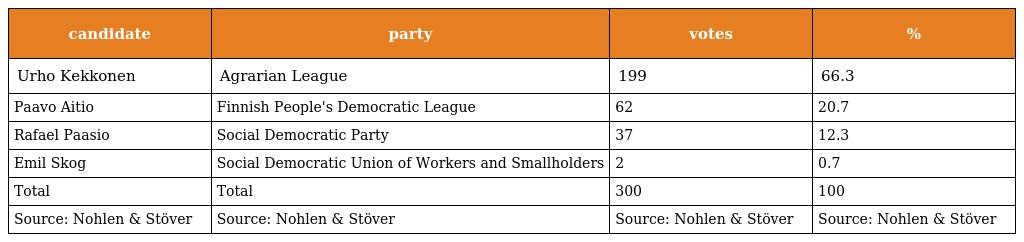
| candidate | party | votes | % |
 | --- | --- | --- | --- |
 | Urho Kekkonen | Agrarian League | 199 | 66.3 |
 | Paavo Aitio | Finnish People's Democratic League | 62 | 20.7 |
 | Rafael Paasio | Social Democratic Party | 37 | 12.3 |
 | Emil Skog | Social Democratic Union of Workers and Smallholders | 2 | 0.7 |
 | Total | Total | 300 | 100 |
 | Source: Nohlen & Stöver | Source: Nohlen & Stöver | Source: Nohlen & Stöver | Source: Nohlen & Stöver |